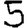
Digit: 5